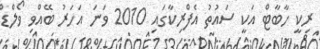
ރިކީ ހާބާޓް އަކީ ސައުތު އެފްރިކާގައި 2010 ވަނަ އަހަރު ބޭއްވި ވޯލްޑް